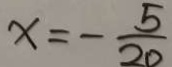
x = - \frac { 5 } { 2 0 }